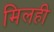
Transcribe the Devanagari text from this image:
मिलही